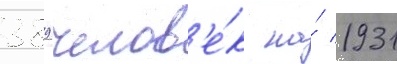
389 челов'е́к на́ 1931